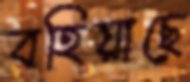
বহিয়াছে